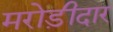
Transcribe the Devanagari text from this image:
मरोड़ीदार